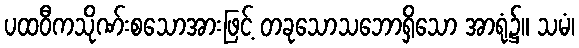
ပထဝီကသိုဏ်းစသောအားဖြင့် တခုသောသဘောရှိသော အာရုံ၌။ သမံ၊